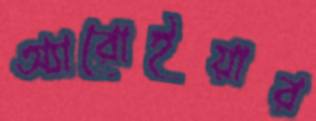
অ্যারোইয়ার